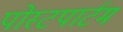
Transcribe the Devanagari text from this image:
पोस्‍टपार्टम